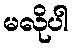
မလိုပါ